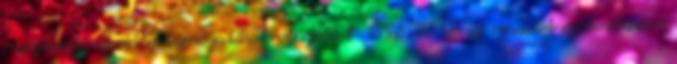
nyújtandó szociális támogatásokról szóló 1 1998. II.17. sz. rendelet módosítására